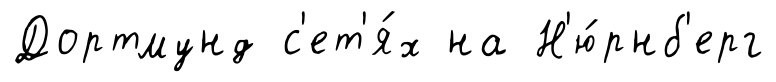
Дортмунд с'ет'я́х на Н'ю́рнб'ерг